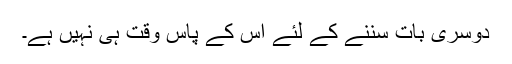
دوسری بات سننے کے لئے اس کے پاس وقت ہی نہیں ہے۔